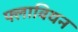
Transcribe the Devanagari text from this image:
फ्लावियन